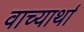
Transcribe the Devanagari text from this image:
वाच्यार्था